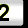
Digit: 2